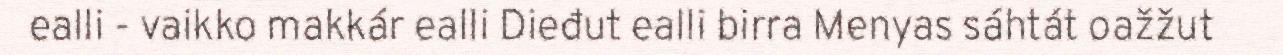
ealli - vaikko makkár ealli Dieđut ealli birra Menyas sáhtát oažžut